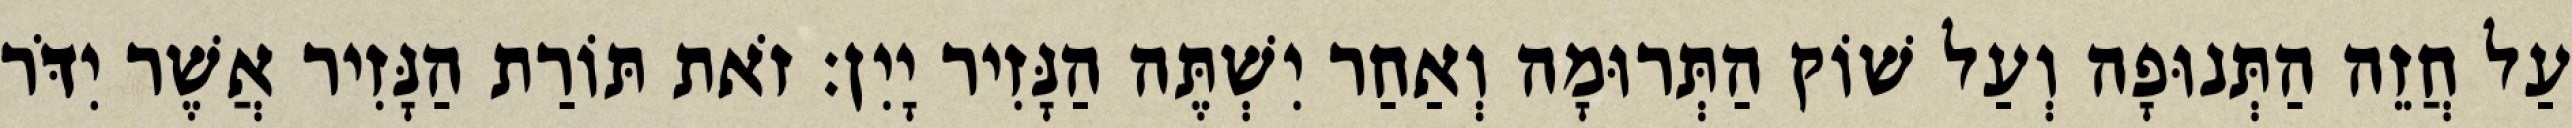
עַל חֲזֵה הַתְּנוּפָה וְעַל שׁוֹק הַתְּרוּמָה וְאַחַר יִשְׁתֶּה הַנָּזִיר יָיִן׃ זֹאת תּוֹרַת הַנָּזִיר אֲשֶׁר יִדֹּר